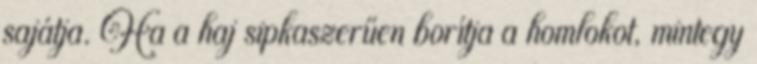
sajátja. Ha a haj sipkaszerűen borítja a homlokot, mintegy